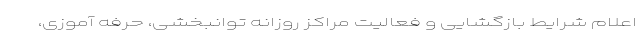
اعلام شرایط بازگشایی و فعالیت مراکز روزانه توانبخشی، حرفه آموزی،